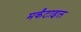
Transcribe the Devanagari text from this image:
मर्कंटाइल